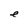
Character: e